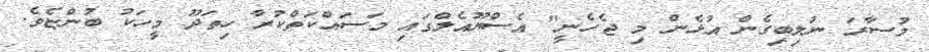
މުސާރަ ނުލިބިގެން އުޅެން މި ޖެހެނީ" އެސްޔޫއެލްގައި މަސައްކަތްކުރާ ހިތަދޫ މީހަކު ބުންޏެވެ.